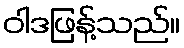
ဝါဒဖြန့်သည်။